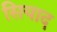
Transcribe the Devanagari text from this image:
सियाद